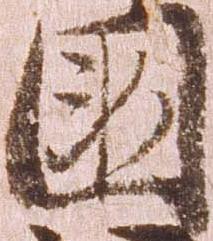
国